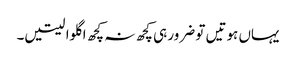
یہاں ہوتیں تو ضرور ہی کچھ نہ کچھ اگلوا لیتیں۔